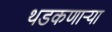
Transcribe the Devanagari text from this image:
थडकणार्‍या